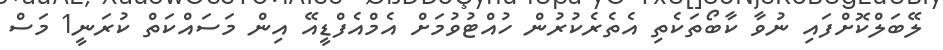
ލޭބަލްކޮށްފައި ނުވާ ކާބޯތަކެތި އެތެރެކުރުން ހުއްޓުވުމަށް އެމްއެފްޑީއޭ އިން މަސައްކަތް ކުރަނީ1 މަސް